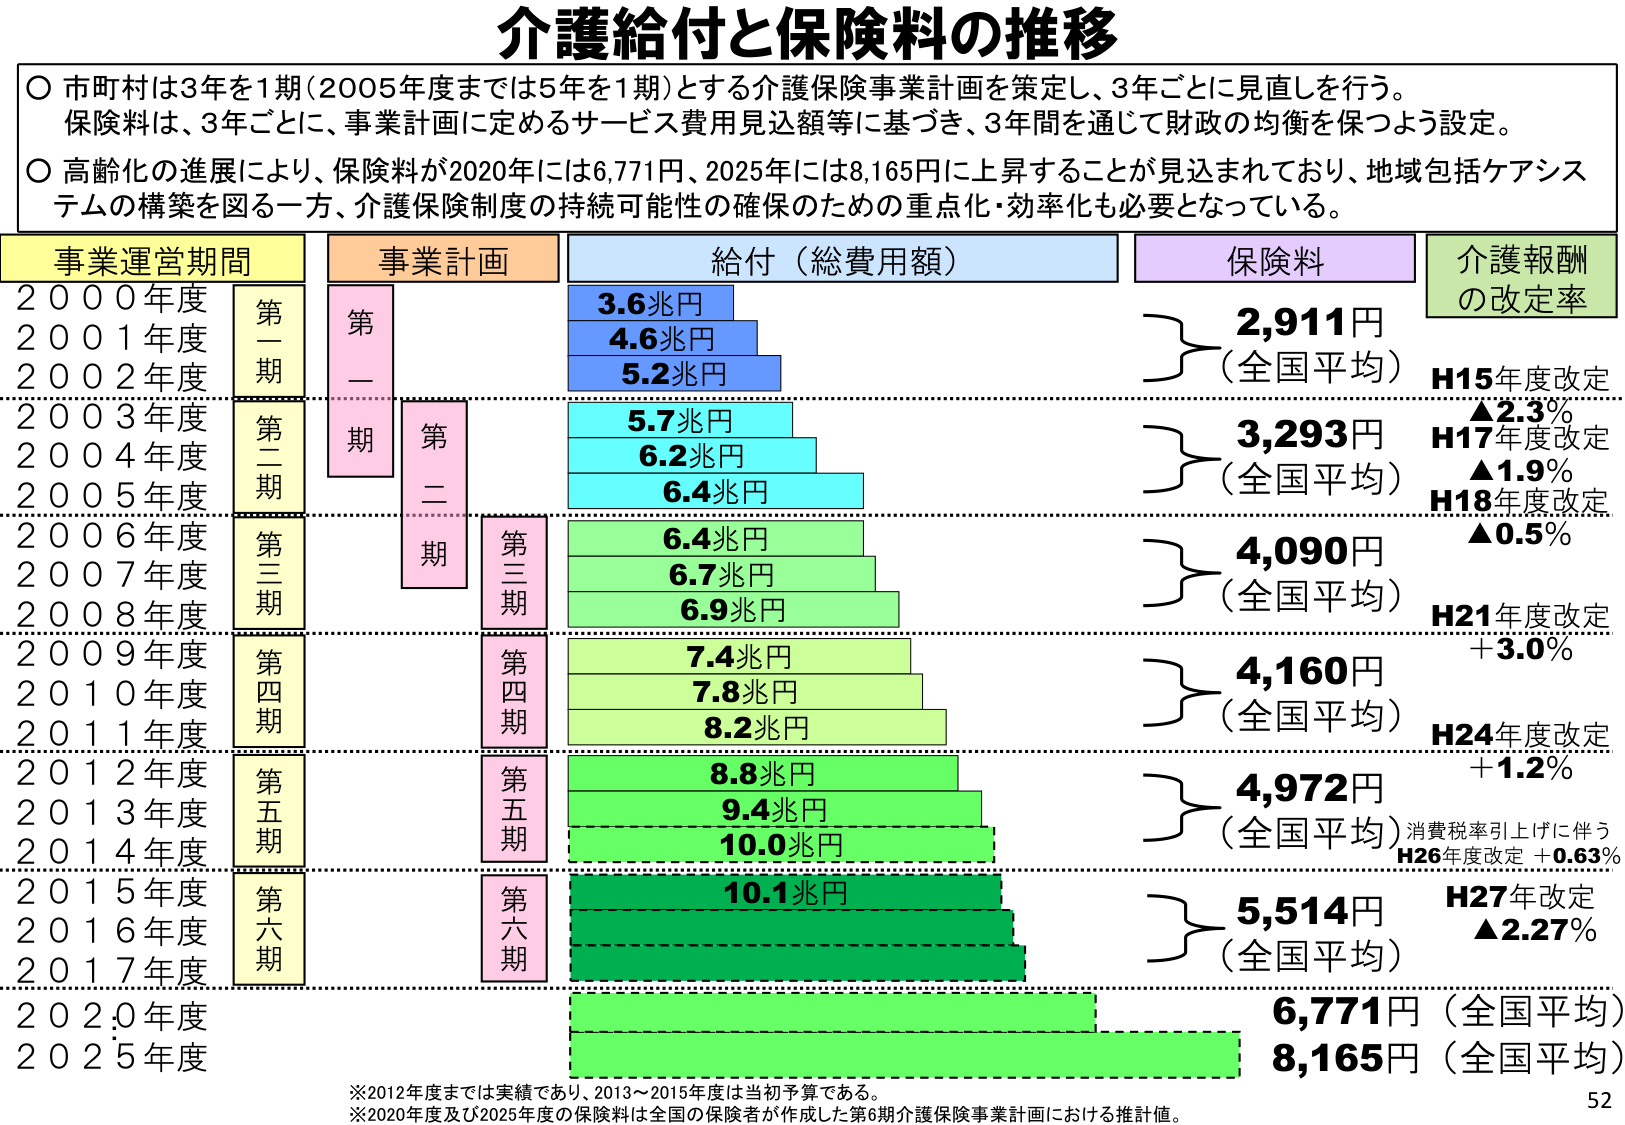
介護給付と保険料の推移

○ 市町村は3年を1期（2005年度までは5年を1期）とする介護保険事業計画を策定し、3年ごとに見直しを行う。
保険料は、3年ごとに、事業計画に定めるサービス費用見込額等に基づき、3年間を通じて財政の均衡を保つよう設定。

○ 高齢化の進展により、保険料が2020年には6,771円、2025年には8,165円に上昇することが見込まれており、地域包括ケアシステムの構築を図る一方、介護保険制度の持続可能性の確保のための重点化・効率化も必要となっている。

事業運営期間　　事業計画　　給付（総費用額）　　保険料　　介護報酬の改定率

2000年度　　　第一期　　　第一期　　　3.6兆円　　　2,911円（全国平均）　H15年度改定 ▲2.3%
2001年度